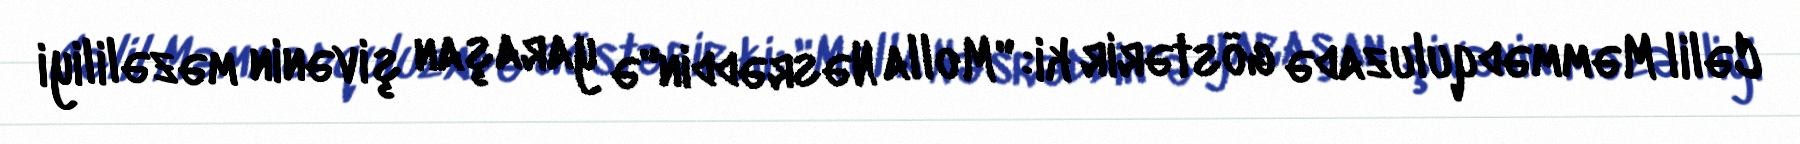
Cəlil Məmmədquluzadə göstərir ki: "Molla Nəsrəddin"ə yaraşan şivənin məzəliliyi